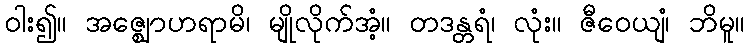
ဝါး၍။ အဇ္ဈောဟရာမိ၊ မျိုလိုက်အံ့။ တဒန္တရံ၊ လုံး။ ဇီဝေယျံ၊ ဘိမူ။